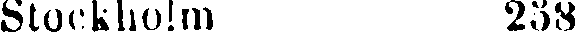
Stockholm 238